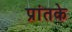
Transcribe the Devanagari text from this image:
प्रांतके